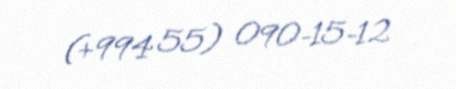
(+994 55) 090-15-12